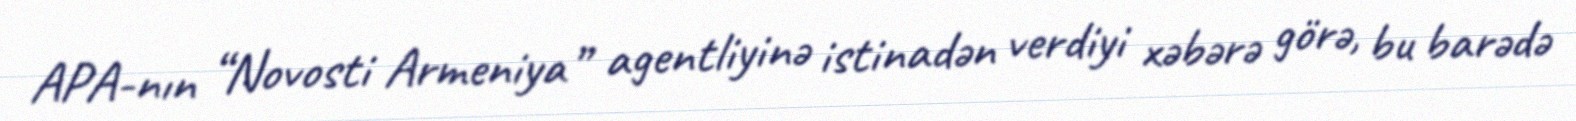
APA-nın “Novosti Armeniya” agentliyinə istinadən verdiyi xəbərə görə, bu barədə